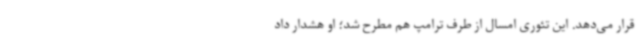
قرار می‌دهد. این تئوری امسال از طرف ترامپ هم مطرح شد؛ او هشدار داد